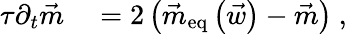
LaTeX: \begin{array}{rl}{\tau\partial_{t}\vec{m}}&{{}=2\left(\vec{m}_{\mathrm{eq}}\left(\vec{w}\right)-\vec{m}\right)\ ,}\end{array}